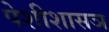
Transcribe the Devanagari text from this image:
पेशीशासञ